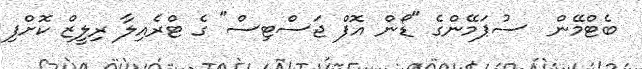
ބެޓްމޭން  ސުޕަމޭންގެ "ޑޯން އޮފް ޖަސްޓިސް" ގެ ޓްރެއިލާ ރިލީޒް ކޮށްފި